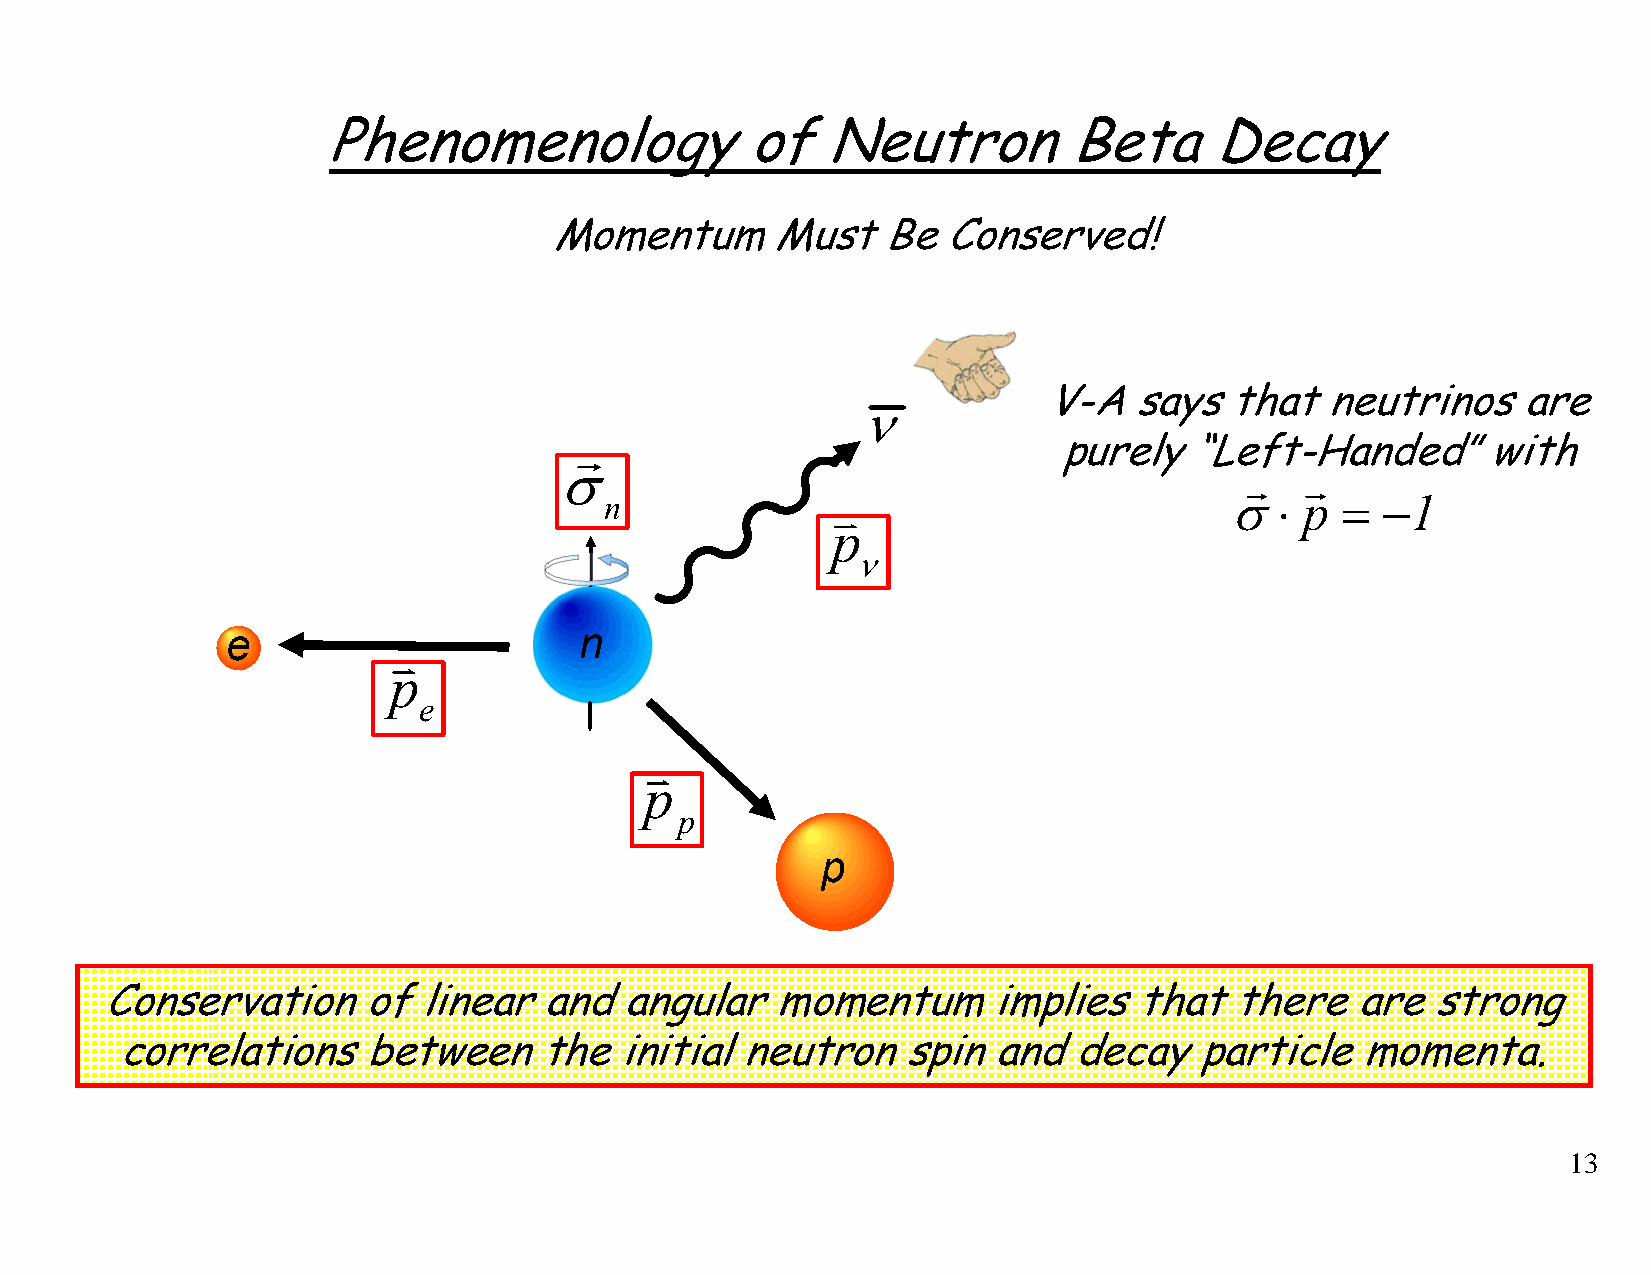
Phenomenology               of   Neutron          Beta     Decay
 Momentum       Must   Be  Conserved!
 V-A   says  that   neutrinos    are
 νν
 rr                              purely   “Left-Handed”with
 σσ
 r   r
 nn             vv                        σ⋅   p  = −1
 pp
 νν
 ee                     nn
 vv
 pp
 ee
 vv
 pp
 pp
 pp
 Conservation     of  linear  and  angular   momentum       implies  that   there   are  strong
 correlations    between     the  initial neutron    spin  and  decay   particlemomenta.
 13